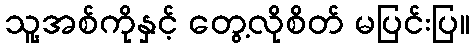
သူ့အစ်ကိုနှင့် တွေ့လိုစိတ် မပြင်းပြ။